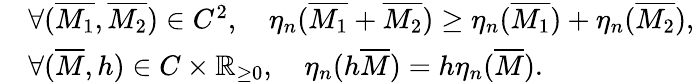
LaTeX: \begin{array}{rl}&{\forall(\overline{{M_{1}}},\overline{{M_{2}}})\in C^{2},\quad\eta_{n}(\overline{{M_{1}}}+\overline{{M_{2}}})\geq\eta_{n}(\overline{{M_{1}}})+\eta_{n}(\overline{{M_{2}}}),}\\ &{\forall(\overline{{M}},h)\in C\times{\mathbb{R}}_{\geq 0},\quad\eta_{n}(h\overline{{M}})=h\eta_{n}(\overline{{M}}).}\end{array}